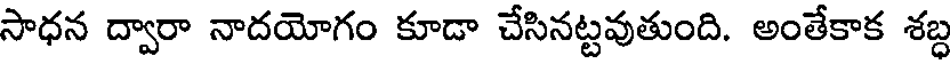
సాధన ద్వారా నాదయోగం కూడా చేసినట్టవుతుంది. అంతేకాక శబ్ధ